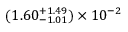
( 1 . 6 0 _ { - 1 . 0 1 } ^ { + 1 . 4 9 } ) \times 1 0 ^ { - 2 }